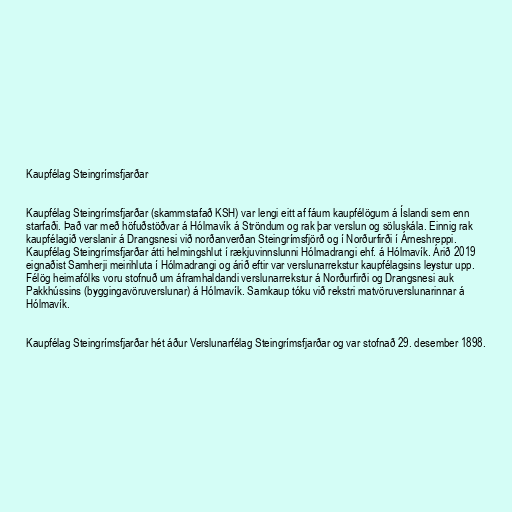
Kaupfélag Steingrímsfjarðar

Kaupfélag Steingrímsfjarðar (skammstafað KSH) var lengi eitt af fáum kaupfélögum á Íslandi sem enn
starfaði. Það var með höfuðstöðvar á Hólmavík á Ströndum og rak þar verslun og söluskála. Einnig rak
kaupfélagið verslanir á Drangsnesi við norðanverðan Steingrímsfjörð og í Norðurfirði í Árneshreppi.
Kaupfélag Steingrímsfjarðar átti helmingshlut í rækjuvinnslunni Hólmadrangi ehf. á Hólmavík. Árið 2019
eignaðist Samherji meirihluta í Hólmadrangi og árið eftir var verslunarrekstur kaupfélagsins leystur upp.
Félög heimafólks voru stofnuð um áframhaldandi verslunarrekstur á Norðurfirði og Drangsnesi auk
Pakkhússins (byggingavöruverslunar) á Hólmavík. Samkaup tóku við rekstri matvöruverslunarinnar á
Hólmavík.

Kaupfélag Steingrímsfjarðar hét áður Verslunarfélag Steingrímsfjarðar og var stofnað 29. desember 1898.